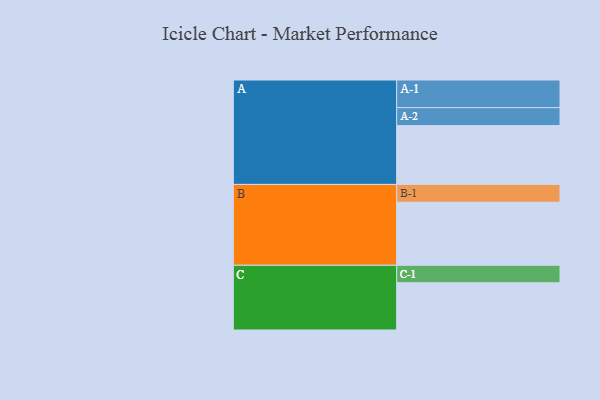
{"axis": {"x": "Segment", "y": "Value"}, "legend": ["", "A", "B", "C"], "data": [{"x": "A", "y": 532, "type": ""}, {"x": "B", "y": 570, "type": ""}, {"x": "C", "y": 427, "type": ""}, {"x": "A-1", "y": 250, "type": "A"}, {"x": "A-2", "y": 162, "type": "A"}, {"x": "B-1", "y": 161, "type": "B"}, {"x": "C-1", "y": 158, "type": "C"}]}